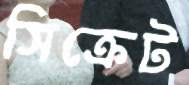
সিক্রেট